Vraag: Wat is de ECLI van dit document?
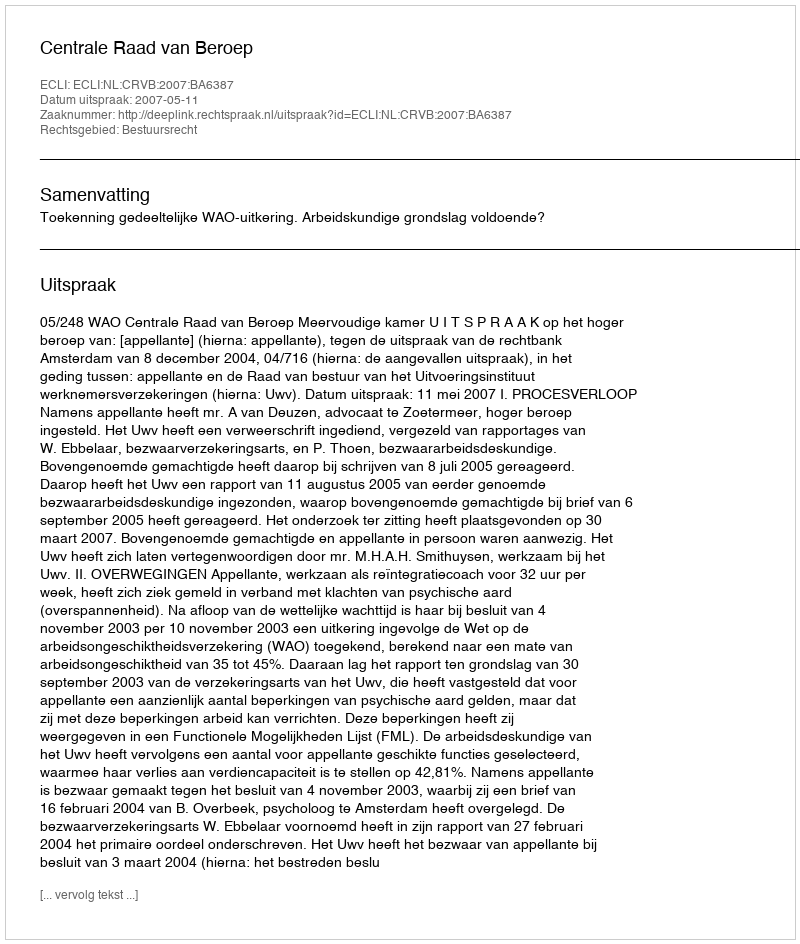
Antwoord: ECLI:NL:CRVB:2007:BA6387